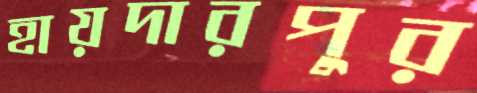
হায়দারপুর